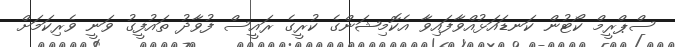
ސްޕްރީމް ކޯޓުން ކަނޑައަޅުއްވާފައިވާ އެކޮމިޝަންގެ ކުރީގެ ރައީސް ފުވާދު ތައުފީގު ވަނީ ވެރިކަމަށް